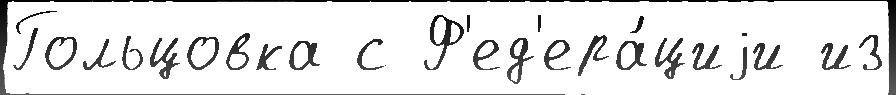
Гольцовка с Ф'ед'ера́циjи из